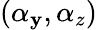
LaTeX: (\alpha_{\mathbf{y}},\alpha_{z})